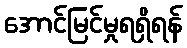
အောင်မြင်မှုရရှိရန်